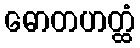
ဓောတဟတ္ထံ